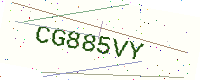
Text: CG885VY